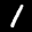
Label: 1